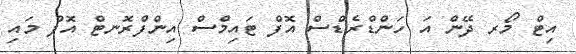
އިޓް މޯރ ދޭން އަ ހަންޑްރެޑްސް އޮފް ޓައިމްސް އިންފްރޮނޓް އޮފް މައި